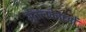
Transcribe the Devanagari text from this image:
भूतत्त्ववेत्ताओं